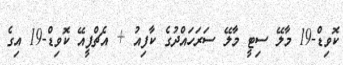
ކޮވިޑް-19 މާލޭ ސިޓީ މާލޭ ސަރަހައްދުގެ ކާފިއު + އެޗްޕީއޭ ކޮވިޑް-19 އިގެ